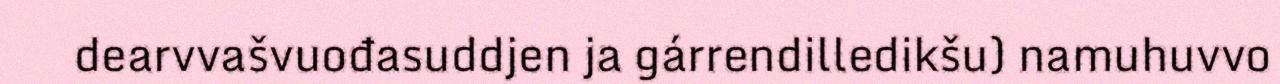
dearvvašvuođasuddjen ja gárrendilledikšu) namuhuvvo